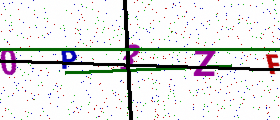
Text: 0P3ZF